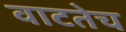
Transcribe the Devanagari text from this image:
वाटतेच